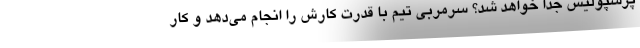
پرسپولیس جدا خواهد شد؟ سرمربی تیم با قدرت کارش را انجام می‌دهد و کار